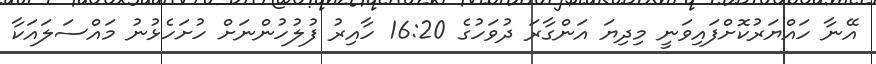
އޭނާ ހައްޔަރުކޮށްފައިވަނީ މިދިޔަ އަންގާރަ ދުވަހުގެ 16:20 ހާއިރު ފުލުހުންނަށް ހުށަހެޅުނު މައްސަލައަކާ